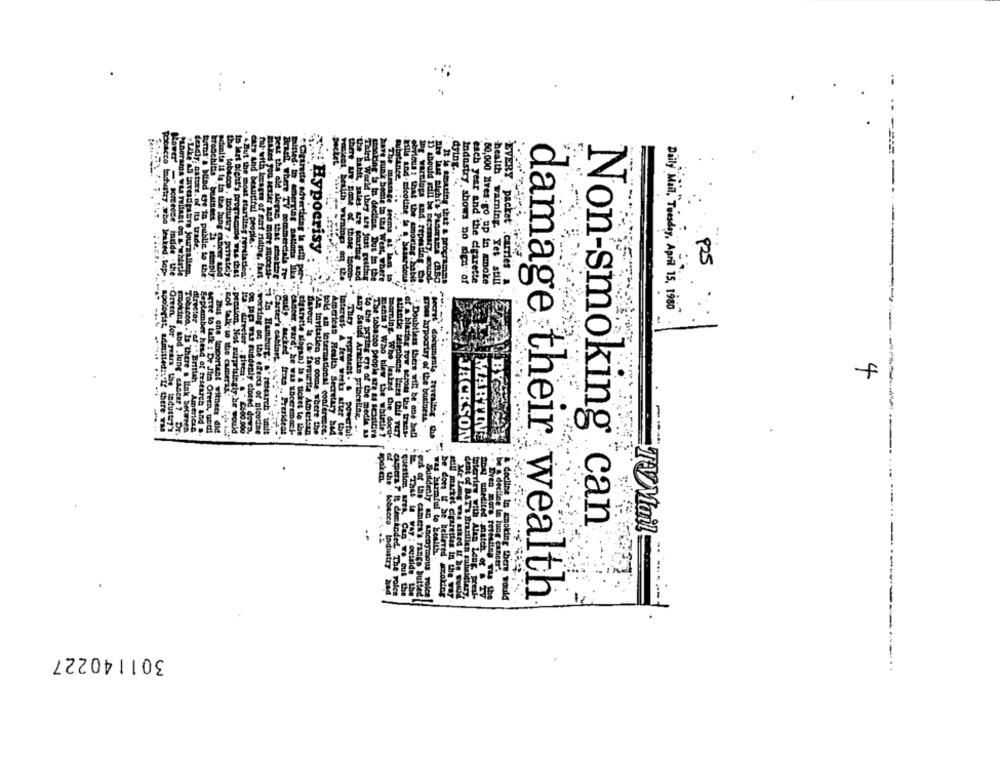
dring ..
EVERY packet
Cuts And berutiful people ..
Hypocrisy
deadly: nature. of . Its trade ..
the tobacco , industry , priva
925
Someone Indide - the
>Like'ns inredpaire journalier.
umas'a blind ere in publie to the
Tenchitis business it . simply:
delta it is in the lung cancer and :
ip last night's programme'Wis that
.But the most startitsy rerstation!"
carries
Bratt Where TV Commerciale To-
there try pone of those tocon-
"the habit, sales. Le soaring and
Third World they are Just getting
smalling ta in decline. Dus in the
have funik bomis In the West, where
, The menge teems di lan to
kills and-nicotine in . Sesardou-
obvious : that the cmoiring .habit.
D) abould rull be Bestiary, wound
.It is tmaring that a programme
Industry shows no dies of
each year and the cigarette
80,000 Mves go ap in smoke
health "warning. Yet still
jpg warntops and. repming. .. .
Daily Mail"Tuesday, April 15, 1980"
---
... Gudly fucked
pest the old slogan that meselehe + , Caster's cabinet.
:pension. Not surprisingly
gross hypocrisy of the business
--
fustry who Wraked-top- . apologist, admitted:\'If there was
"Green, for years the industry')
Serge to talk : Dr Jim Green, und !!
on po re riddenly closed down.
Interest A few weeks after the
.any Saudi Arablas princiling. .
roling, tod .lung cancer ? Dr.
Tobacco. . "Is there a link between
director - of - Brittet Americ10
September hend of research and ..
" Bus one laportant witness did
Ingly he would
ful- with keages of nat riding, fart :. working on the effects of nicotine
In Hamburg.' &' research " ift
Prezident
cigarette slogan) is a ticket to the
Carour ts (a favourite American
#An Invitation to come, where the
toid an loternational conference.
American Health Secretary h44
They 'represent. . powerful
"to the prying eye of the medie us
The tobacco people are ti Beasttire
ments i Who blew the whistle ?
morning. Whe leaked the docu -.
atlantic telephone Kees thie very
of a blaring tow serou the trans-
7 Doubtless there will be' ene bell
Secret' documents revealing - Chan
JACKSON
MARTINE
Even more re
Non-smoking can
he Coen If he Eeller
still mittet ErArettes
tobacco laduatry
campers P i: deminded. The
question LITA, Can Ve Cul
be a decline In lung cancer'.
DON unedited match of
Suddenly &C Lacaymous Tol
out of the camera's Fases butted
cot of BATH Brasilien cuialdiary.
toterrier with Alan Lang, prest-
& decline in mmoking there would
damage their wealth
301140227